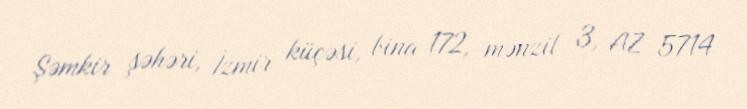
Şəmkir şəhəri, İzmir küçəsi, bina 172, mənzil 3, AZ 5714